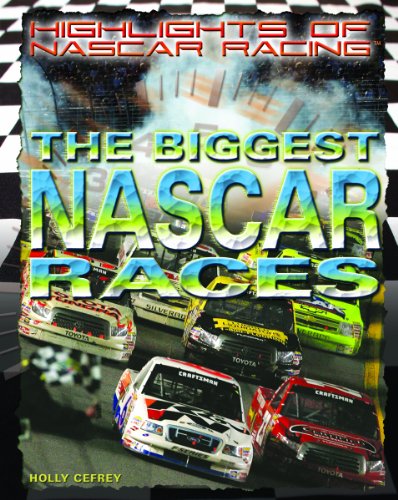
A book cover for The Biggest NASCAR Races (Highlights of Nascar Racing); Holly Cefrey; Teen & Young Adult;